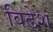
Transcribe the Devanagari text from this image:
विढेश